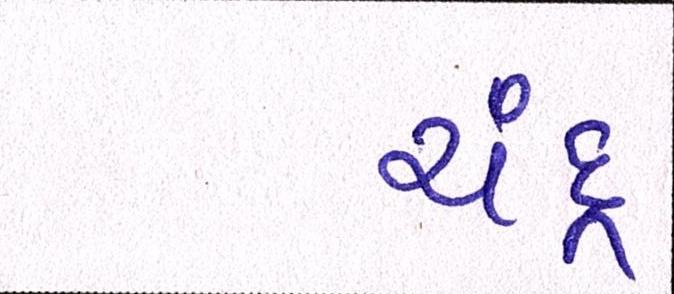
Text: ચંદ્ર